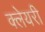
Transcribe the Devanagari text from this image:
क्लेयरी